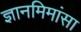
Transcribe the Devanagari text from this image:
ज्ञानमिमांसा